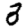
Digit: 3